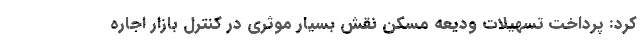
کرد: پرداخت تسهیلات ودیعه مسکن نقش بسیار موثری در کنترل بازار اجاره